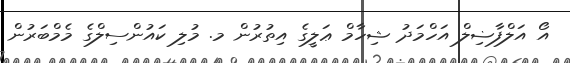
އޯ އަލްފާޟިލް އަހްމަދު ޝިހާމް ޢަލީގެ އިތުރުން މ. މުލި ކައުންސިލްގެ މެމްބަރުން